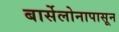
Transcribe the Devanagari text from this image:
बार्सेलोनापासून